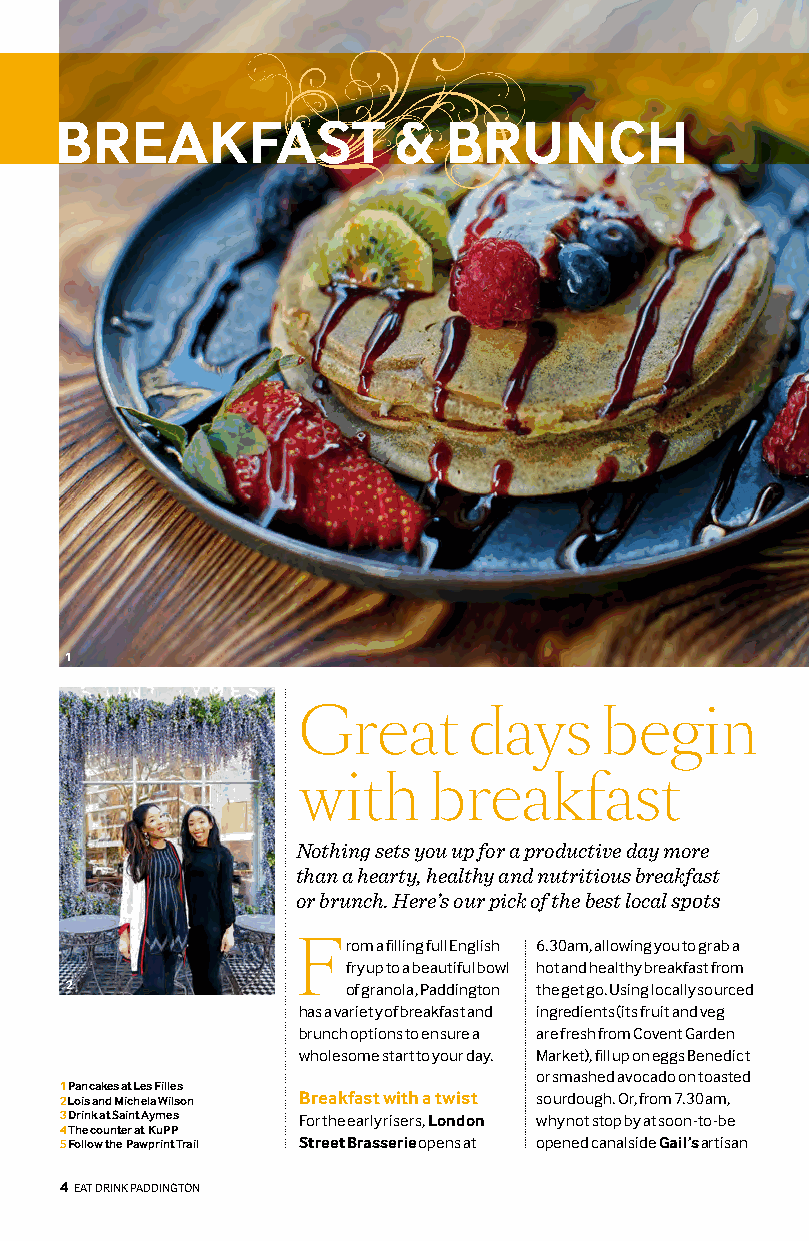
BREAKFAST             &   BRUNCH
 1
 Great      days     begin
 with     breakfast
 Nothing sets you up for a productive day more
 than a hearty, healthy and nutritious breakfast
 or brunch. Here’s our pick of the best local spots
 F  r om a filling full English 6.30am, allowing you to grab a
 fry up to a beautiful bowl hot and healthy breakfast from
 2                 of granola, Paddington the get go. Using locally sourced
 has a variety of breakfast and ingredients (its fruit and veg
 brunch options to ensure a are fresh from Covent Garden
 wholesome start to your day. Market), fill up on eggs Benedict
 or smashed avocado on toasted
 1 Pancakes at Les Filles 2 Lois and Michela Wilson Breakfast with a twist sourdough. Or, from 7.30am,
 3 Drink at Saint Aymes For the early risers, London why not stop by at soon-to-be
 4 The counter at KuPP
 5 Follow the Pawprint Trail Street Brasserie opens at opened canalside Gail’s artisan
 44 EEAATT DDRRIINNKK PADDINGTON
 ;notgnikliP
 leahciM
 © raeB
 notgniddaP
 ;PPuK
 © PPuK
 ;nehctiK
 selliF
 seL ©
 sekacnaP
 .reirraF
 ylloH
 ©
 nosliW
 alehciM
 dna
 sioL
 ;semyA
 tniaS
 © semyA
 tniaS